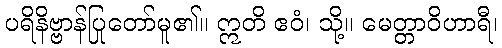
ပရိနိဗ္ဗာန်ပြုတော်မူ၏။ ဣတိ ဧဝံ၊ သို့။ မေတ္တာဝိဟာရီ၊